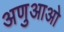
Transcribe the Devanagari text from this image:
अणुआओ